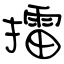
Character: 擂